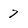
Character: 7